Civil Veterinary Department. United Provinces 1912-22 - 1912-1922
Year: 1912
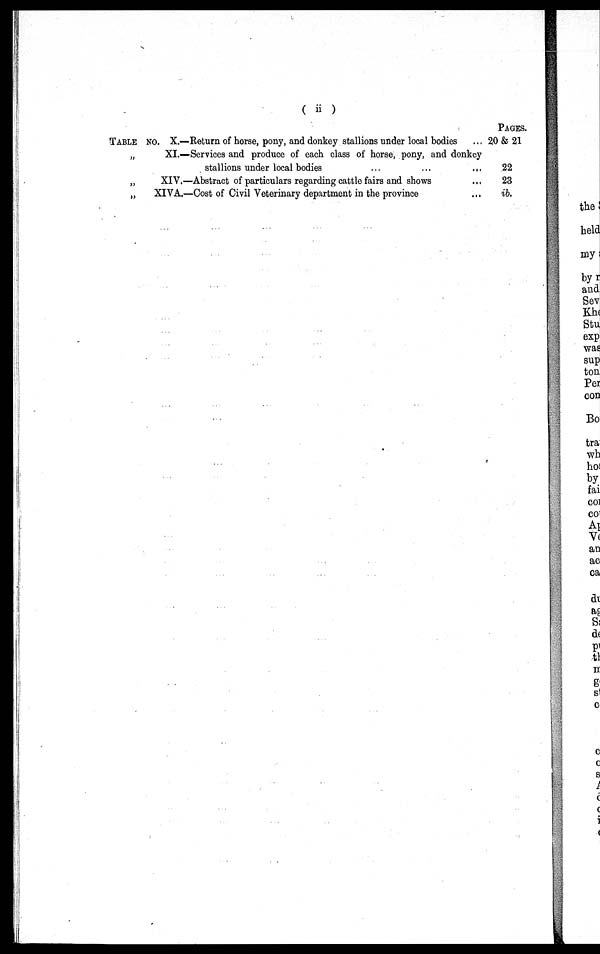
(ii)
TABLE NO. X.—Return of horse, pony, and donkey stallions under local bodies ...
„
„
„
XI.—Services and produce of each class of horse, pony, and donkey
stallions under local bodies ... ... ...
XIV.—Abstract of particulars regarding cattle fairs and shows ...
XIVA.—Cost of Civil Veterinary department in the province ...
PAGES.
20 & 21
22
23
ib.